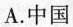
A.中国